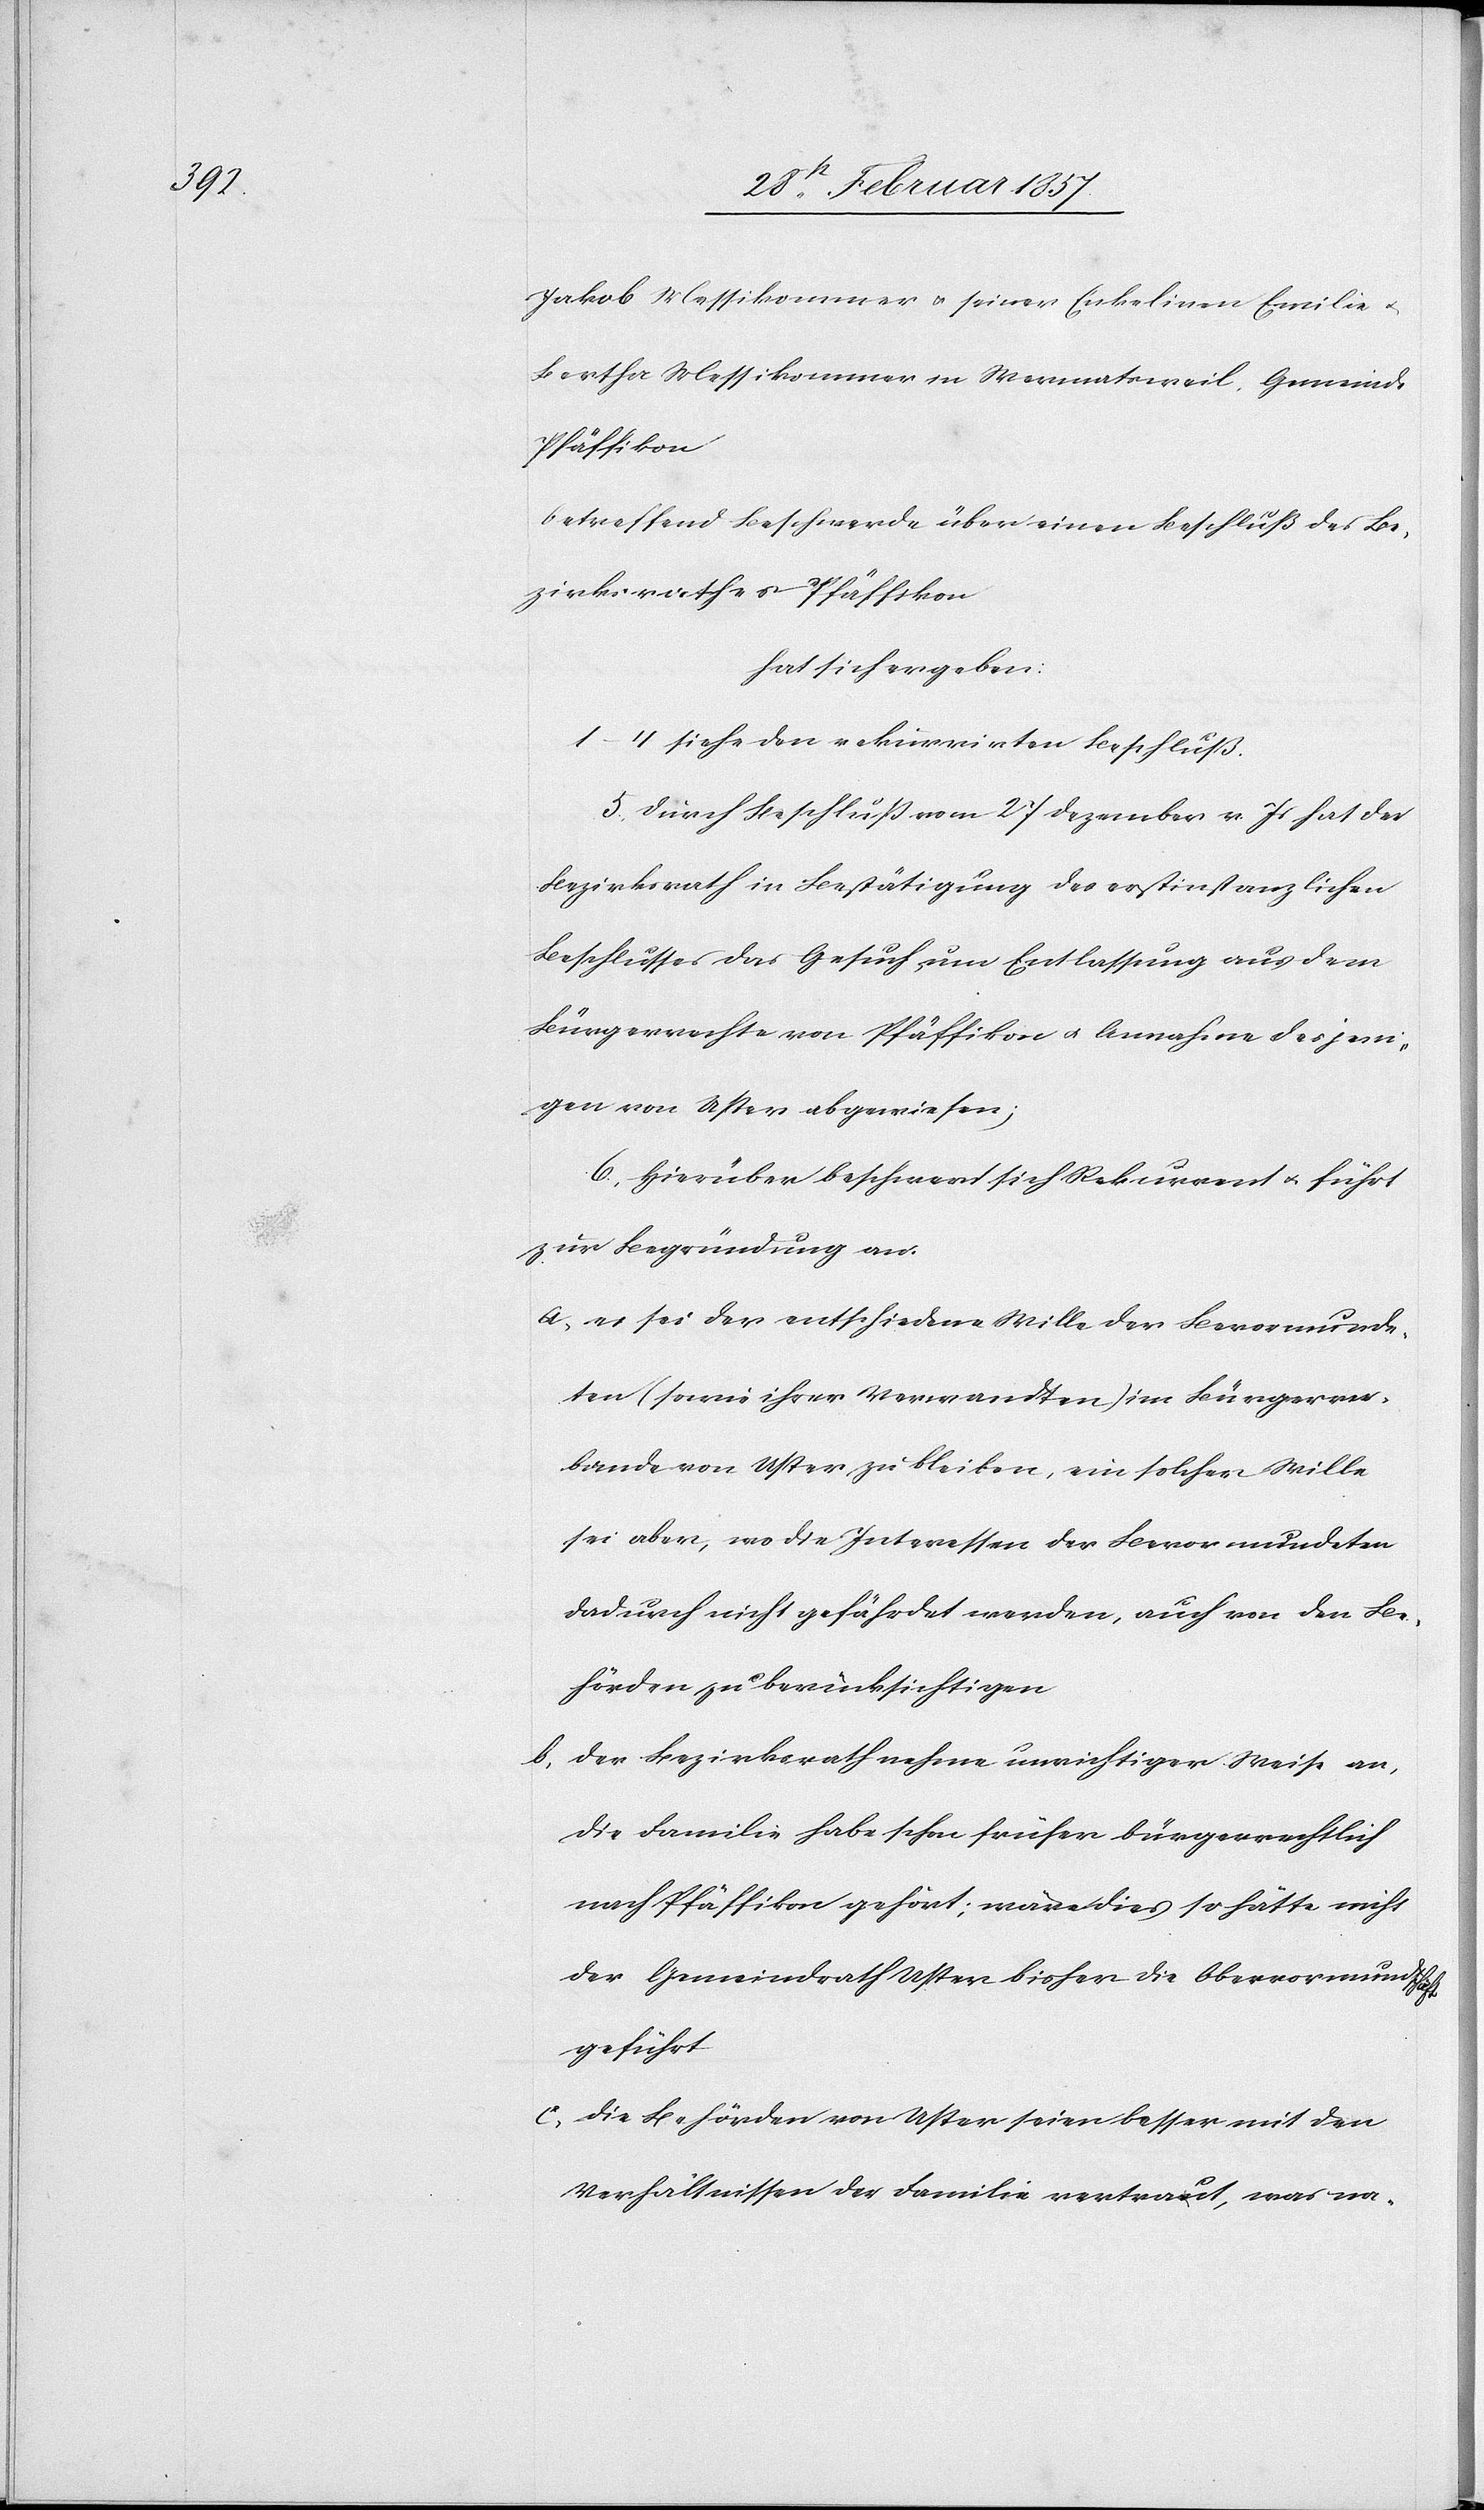
Jakob Messikommer u. seiner Enkelinen Emilie u.
Bertha Messikommer in Wermatsweil, Gemeinde
Pfäffikon
betreffend Beschwerde über einen Beschluß des Be¬
zirksrathes Pfäffikon
hat sich ergeben:
1(4 siehe den rekurrirten Beschluß.
5. Durch Beschluß vom 27 Dezember v. Js hat der
Bezirksrath in Bestätigung des erstinstanzlichen
Beschlusses das Gesuch um Entlassung aus dem
Bürgerrechte von Pfäffikon u. Annahme desjeni¬
gen von Uster abgewiesen;
6. Hierüber beschwert sich Rekurrent u. führt
zur Begründung an:
A. es sei der entschiedene Wille der Bevormunde¬
ten (sowie ihrer Verwandten) im Bürgerver¬
bande von Uster zu bleiben, ein solcher Wille
sei aber, wo die Interessen der Bevormundeten
dadurch nicht gefährdet werden, auch von den Be¬
hörden zu berücksichtigen
b. der Bezirksrath nehme unrichtiger Weise an,
die Familie habe schon früher bürgerrechtlich
nach Pfäffikon gehört; wäre dies so hätte nicht
der Gemeindrath Uster bisher die Obervormundschaft
geführt
C. die Behörden von Uster seien besser mit den
Verhältnissen der Familie vertraut, was na-